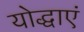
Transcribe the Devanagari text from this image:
योद्धाएं